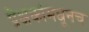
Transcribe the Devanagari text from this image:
प्रेक्षकांमधूनच